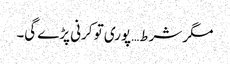
مگر شرط… پوری تو کرنی پڑے گی۔